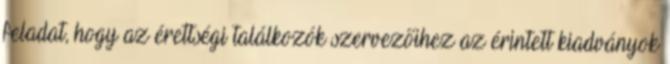
feladat, hogy az érettségi találkozók szervezőihez az érintett kiadványok